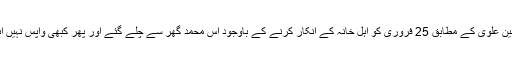
تحسین علوی کے مطابق 25 فروری کو اہل خانہ کے انکار کرنے کے باوجود آس محمد گھر سے چلے گئے اور پھر کبھی واپس نہیں آئے۔